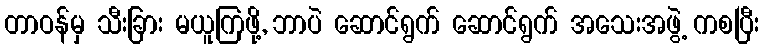
တာဝန်မှ သီးခြား မယူကြဖို့, ဘာပဲ ဆောင်ရွက် ဆောင်ရွက် အသေးအဖွဲ့ ကစပြီး